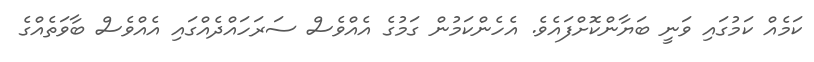
ކަމެއް ކަމުގައި ވަނީ ބަޔާންކޮށްފައެވެ. އެހެންކަމުން ގަމުގެ އެއްވެސް ސަރަހައްދެއްގައި އެއްވެސް ބާވަތެއްގެ